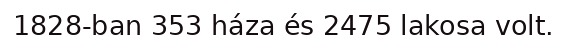
1828-ban 353 háza és 2475 lakosa volt.